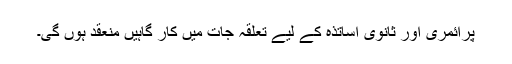
پرائمری اور ثانوی اساتذہ کے لیے تعلقہ جات میں کار گاہیں منعقد ہوں گی۔